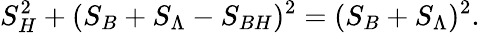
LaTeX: S_{H}^{2}+(S_{B}+S_{\Lambda}-S_{BH})^{2}=(S_{B}+S_{\Lambda})^{2}.